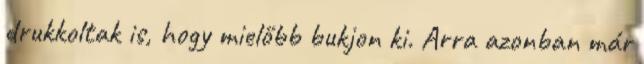
drukkoltak is, hogy mielőbb bukjon ki. Arra azonban már